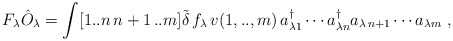
\begin{align*}F_\lambda \hat{O}_\lambda =\int[1..n\,n+1\,..m]\tilde{\delta} \, f_\lambda \, v(1,..,m) \,a_{\lambda 1}^\dagger \cdots a^\dagger_{\lambda n}a_{\lambda \, n+1} \cdots a_{\lambda m} \; ,\end{align*}